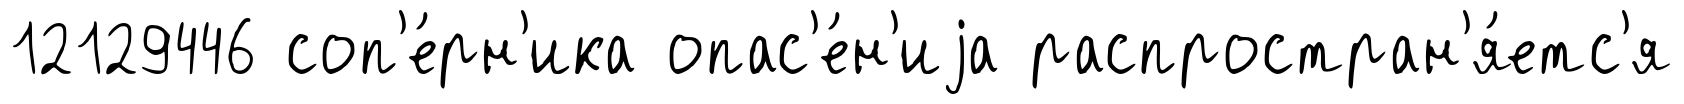
12129446 соп'е́рн'ика опас'е́н'иjа распростран'я́етс'я